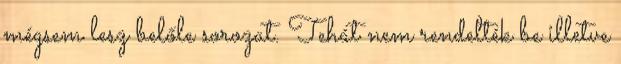
mégsem lesz belőle sorozat. Tehát nem rendelték be illetve